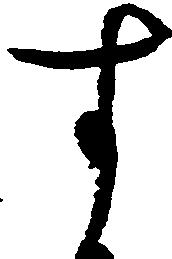
す